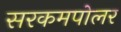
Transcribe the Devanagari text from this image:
सरकमपोलर